Annual report of the Imperial Bacteriologist
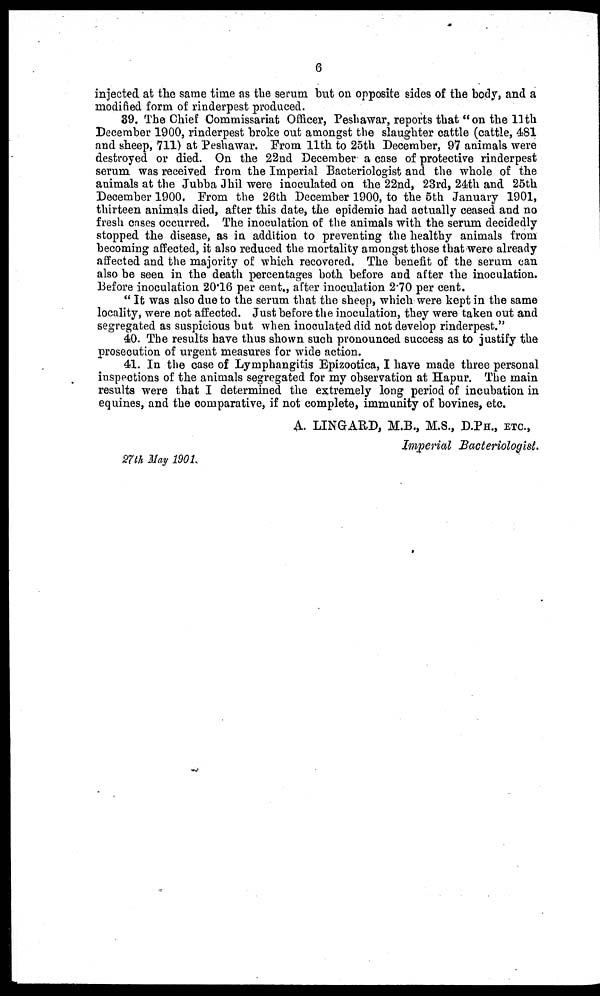
6
injected at the same time as the serum but on opposite sides of the body, and a
modified form of rinderpest produced.
39. The Chief Commissariat Officer, Peshawar, reports that "on the 11th
December 1900, rinderpest broke out amongst the slaughter cattle (cattle, 481
and sheep, 711) at Peshawar. From 11th to 25th December, 97 animals were
destroyed or died. On the 22nd December a case of protective rinderpest
serum was received from the Imperial Bacteriologist and the whole of the
animals at the Jubba Jhil were inoculated on the 22nd, 23rd, 24th and 25th
December 1900. From the 26th December 1900, to the 5th January 1901,
thirteen animals died, after this date, the epidemic had actually ceased and no
fresh cases occurred. The inoculation of the animals with the serum decidedly
stopped the disease, as in addition to preventing the healthy animals from
becoming affected, it also reduced the mortality amongst those that were already
affected and the majority of which recovered. The benefit of the serum can
also be seen in the death percentages both before and after the inoculation.
Before inoculation 20.16 per cent., after inoculation 2.70 per cent.
" It was also due to the serum that the sheep, which were kept in the same
locality, were not affected. Just before the inoculation, they were taken out and
segregated as suspicious but when inoculated did not develop rinderpest."
40. The results have thus shown such pronounced success as to justify the
prosecution of urgent measures for wide action.
41. In the case of Lymphangitis Epizootica, I have made three personal
inspections of the animals segregated for my observation at Hapur. The main
results were that I determined the extremely long period of incubation in
equines, and the comparative, if not complete, immunity of bovines, etc.
A. LINGARD, M.B., M.S., D.PH., ETC.,
Imperial Bacteriologist.
27th May 1901.